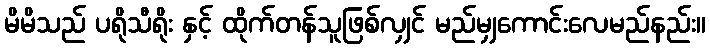
မိမိသည် ပရိုသီရိုး နှင့် ထိုက်တန်သူဖြစ်လျှင် မည်မျှကောင်းလေမည်နည်း။